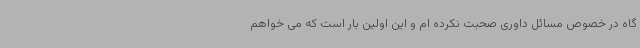
گاه در خصوص مسائل داوری صحبت نکرده ام و این اولین بار است که می خواهم